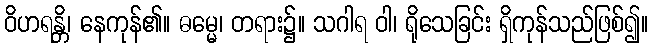
ဝိဟရန္တိ၊ နေကုန်၏။ ဓမ္မေ၊ တရား၌။ သဂါရ ဝါ၊ ရိုသေခြင်း ရှိကုန်သည်ဖြစ်၍။